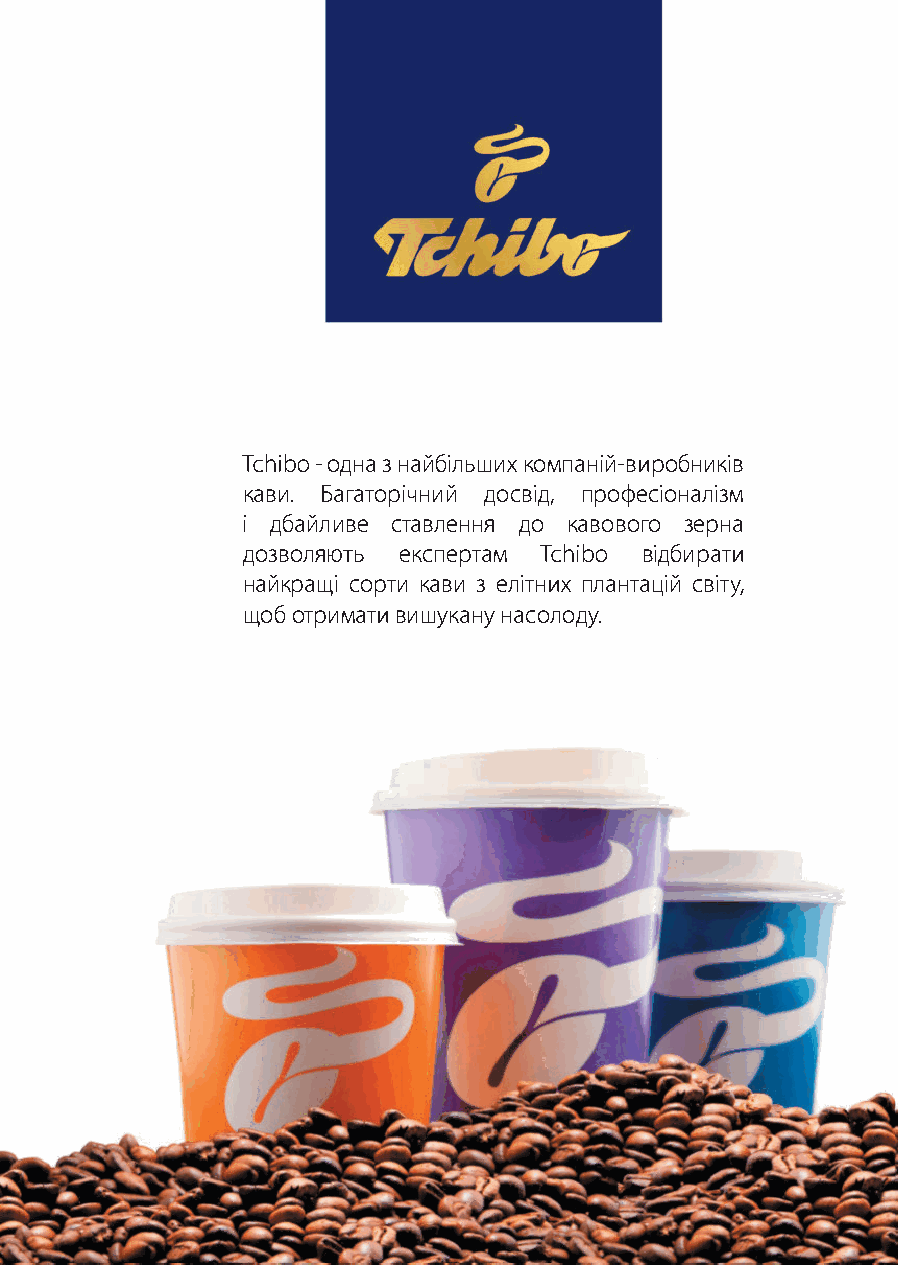
Tchibo -одна з найбільших компаній-виробників
 кави. Багаторічний досвід, професіоналізм
 і дбайливе ставлення до кавового зерна
 дозволяють експертам Tchibo відбирати
 найкращі сорти кави з елітних плантацій світу,
 щоб отримати вишукану насолоду.